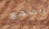
الصمغ